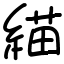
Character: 緢